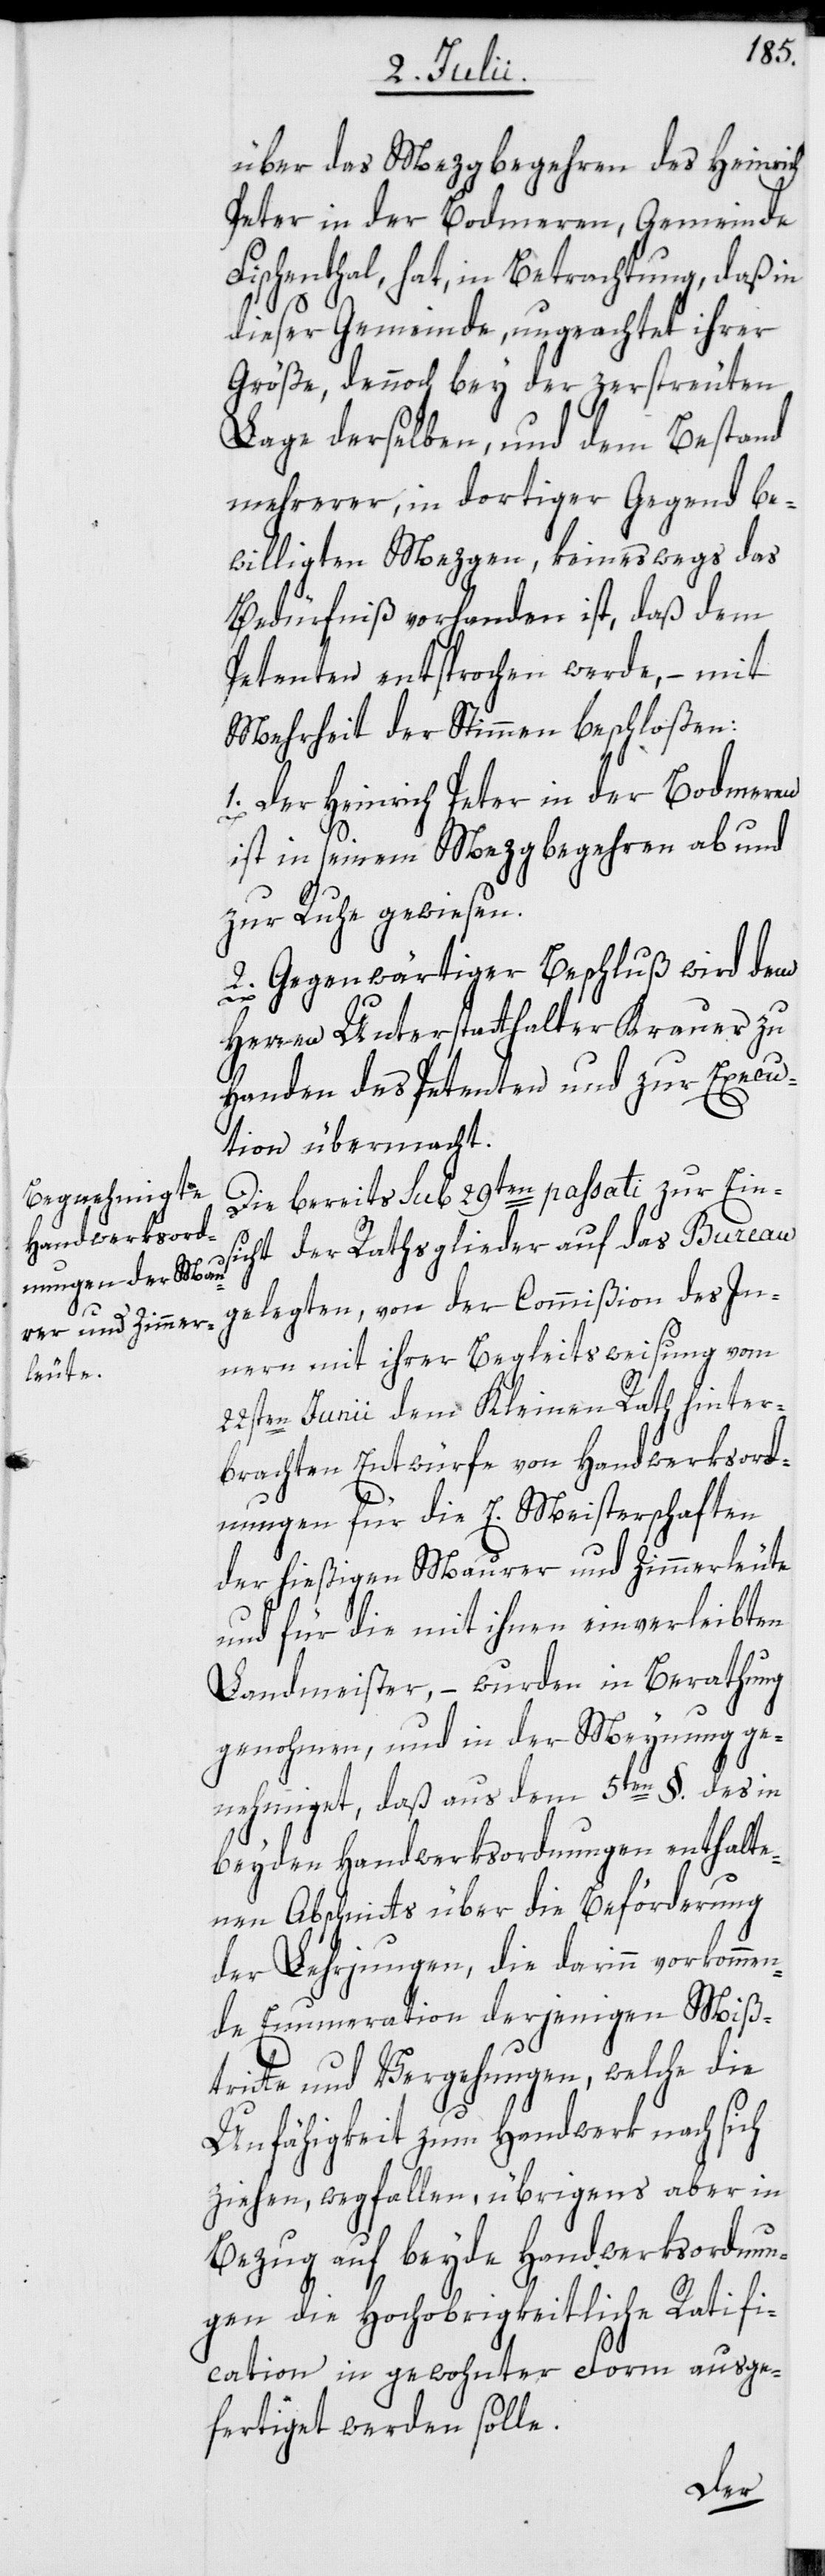
über das Mezgbegehren des Heinrich
Peter in der Bodmeren, Gemeinde
Fischenthal, hat, in Betrachtung, daß in
dieser Gemeinde, ungeachtet ihrer
Größe, dennoch bey der zerstreuten
Lage derselben, und dem Bestand
mehrerer, in dortiger Gegend be¬
willigten Mezgen, keineswegs das
Bedürfniß vorhanden ist, daß dem
Petenten entsprochen werde, – mit
Mehrheit der Stimmen beschloßen:
1. Der Heinrich Peter in der Bodmeren
ist in seinem Mezgbegehren ab- und
zur Ruhe gewiesen.
2. Gegenwärtiger Beschluß wird dem
Herren Unterstatthalter Krauer zu
Handen des Petenten und zur Execu¬
tion übermacht.
Die bereits sub 29ten passati zur Ein¬
sicht der Rathsglieder auf das Bureau
gelegten, von der Commißion des In¬
nern mit ihrer Begleitsweisung vom
22sten Junii dem Kleinen Rath hinter¬
brachten Entwürfe von Handwerksord¬
nungen für die E. Meisterschaften
der hießigen Maurer und Zimmerleute
und für die mit ihnen einverleibten
Landmeister, – wurden in Berathung
genohmen, und in der Meynung ge¬
nehmiget, daß aus dem 5ten §. des in
beyden Handwerksordnungen enthalte¬
nen Abschnitts über die Beförderung
der Lehrjungen, die darinn vorkommen¬
de Enumeration derjenigen Miß¬
tritte und Vergehungen, welche die
Unfähigkeit zum Handwerk nach sich
ziehen, wegfallen, übrigens aber in
Bezug auf beyde Handwerksordnun¬
gen die Hochobrigkeitliche Ratifi¬
cation in gewohnter Form ausge¬
fertiget werden solle.